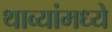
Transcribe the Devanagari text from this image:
थाव्यांमध्ये